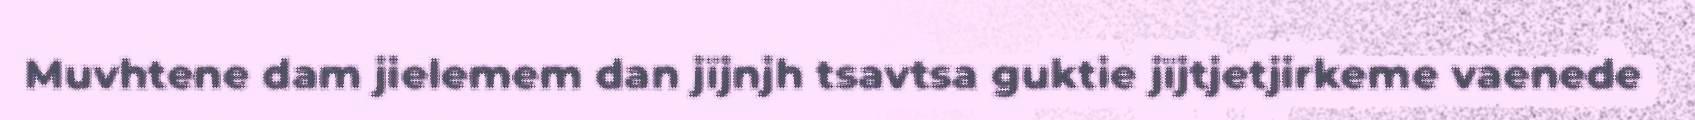
Muvhtene dam jielemem dan jïjnjh tsavtsa guktie jïjtjetjirkeme vaenede